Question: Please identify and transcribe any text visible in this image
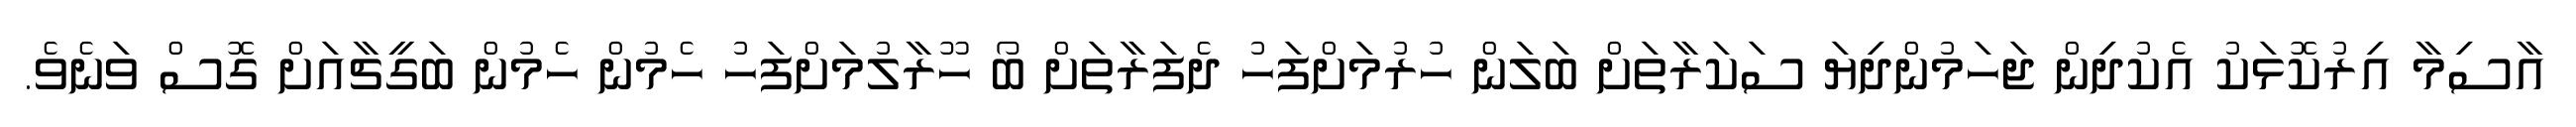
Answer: އާސިމާ އިރުކޮޅަކު އެކުދިން ޖަހަމުންދިޔަ ސަކަރާތަށް ބަލަން ހުރުމަށްފަހު ދެފަރާތަށް ބޯ ހޫރާލުމަށްފަހު ހެމުން ހެމުން ބަގީޗާއަށް ގޮސް ވަނެވެ.